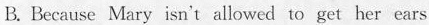
B. Because Mary isn't allowed to get her ears